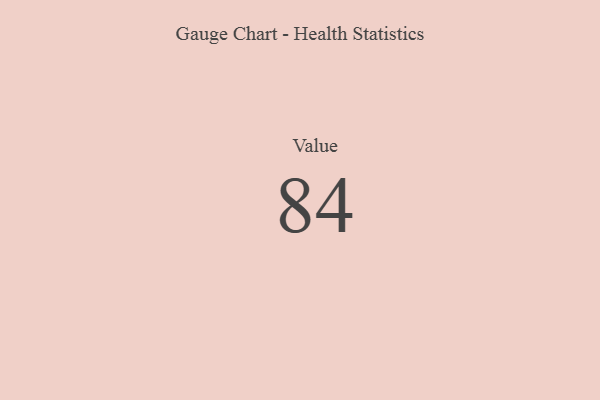
{"axis": {"x": "Metric", "y": "Value"}, "legend": [""], "data": [{"x": "Value", "y": 84, "type": ""}]}